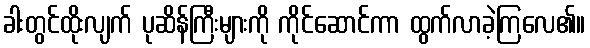
ခါးတွင်ထိုးလျက် ပုဆိန်ကြီးများကို ကိုင်ဆောင်ကာ ထွက်လာခဲ့ကြလေ၏။